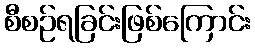
စီစဉ်ရခြင်းဖြစ်ကြောင်း